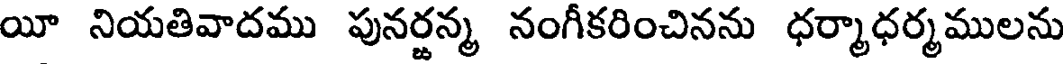
యీ నియతివాదము పునర్జన్మ నంగీకరించినను ధర్మాధర్మములను